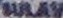
SULAV